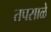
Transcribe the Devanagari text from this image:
तपसाळे